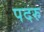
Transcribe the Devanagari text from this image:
पदरु